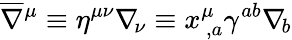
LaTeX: \overline{{\nabla}}{^\mu}\equiv\eta^{\mu\nu}\nabla_{\! \nu}\equiv x_{\, ,a}^{\mu}\gamma^{ab}\nabla_{\! b}